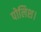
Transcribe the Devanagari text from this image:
पोलिश।